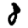
Digit: 8